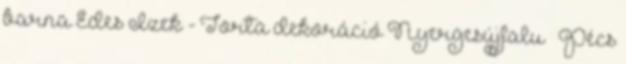
barna Édes Ízek - Torta dekoráció Nyergesújfalu – Pécs